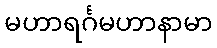
မဟာရင်္ဂမဟာနာမာ